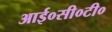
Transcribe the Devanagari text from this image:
आई०सी०टी०